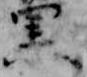
黒